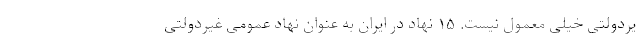
یردولتی خیلی معمول نیست. ۱۵ نهاد در ایران به عنوان نهاد عمومی غیردولتی